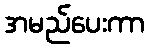
အမည်ပေးကာ